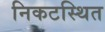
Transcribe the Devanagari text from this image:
निकटस्थित